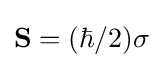
\mathbf {S} =(\hbar /2)\mathbf {\sigma }